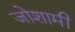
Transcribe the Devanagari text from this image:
जोशामी